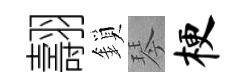
翿鎖琴梗